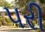
પરી